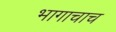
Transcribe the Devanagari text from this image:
भागाचाच